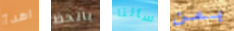
اهدأ بالحظ سألنا بمن